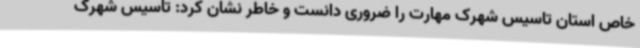
خاص استان تاسیس شهرک مهارت را ضروری دانست و خاطر نشان کرد: تاسیس شهرک